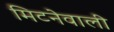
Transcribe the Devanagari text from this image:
मिटनेवाली